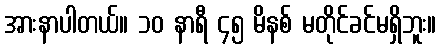
အားနာပါတယ်။ ၁၀ နာရီ ၄၅ မိနစ် မတိုင်ခင်မရှိဘူး။